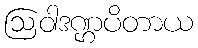
ဩဝါဒဏ္ဌပိတာယ